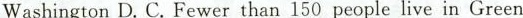
Washington D. C. Fewer than 150 people live in Green